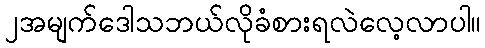
၂အမျက်ဒေါသဘယ်လိုခံစားရလဲလေ့လာပါ။